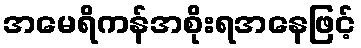
အမေရိကန်အစိုးရအနေဖြင့်